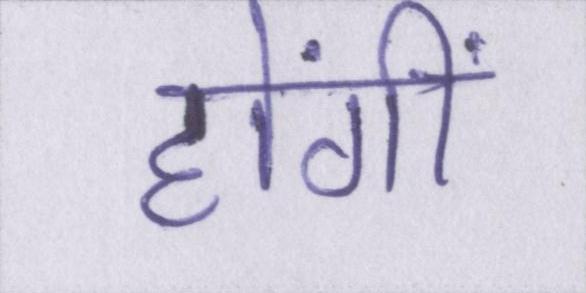
होंगीं